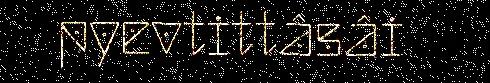
pyevtittâsâi